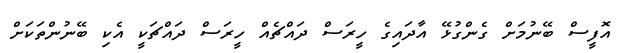
އޮފީސް ބޭނުމަށް ގެންގުޅޭ އާދައިގެ ހީރަސް ދައްޗެއް ހީރަސް ދައްޗަކީ އެކި ބޭނުންތަކަށް